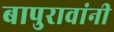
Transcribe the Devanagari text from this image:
बापुरावांनी